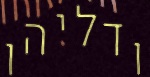
ודליהו